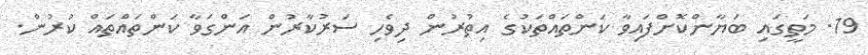
19. މަތީގައި ބަޔާންކޮށްފައިވާ ކަންތައްތަކުގެ އިތުރުން ދިވެހި ސަރުކާރުން އަންގަވާ ކަންތައްތައް ކުރުން.